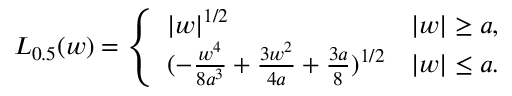
L _ { 0 . 5 } ( w ) = \left\{ \begin{array} { l r } { \lvert w \rvert ^ { 1 / 2 } } & { \lvert w \rvert \geq a , } \\ { ( - \frac { w ^ { 4 } } { 8 a ^ { 3 } } + \frac { 3 w ^ { 2 } } { 4 a } + \frac { 3 a } { 8 } ) ^ { 1 / 2 } } & { \lvert w \rvert \le a . } \end{array} \right.